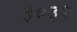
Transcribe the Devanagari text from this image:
३०३२